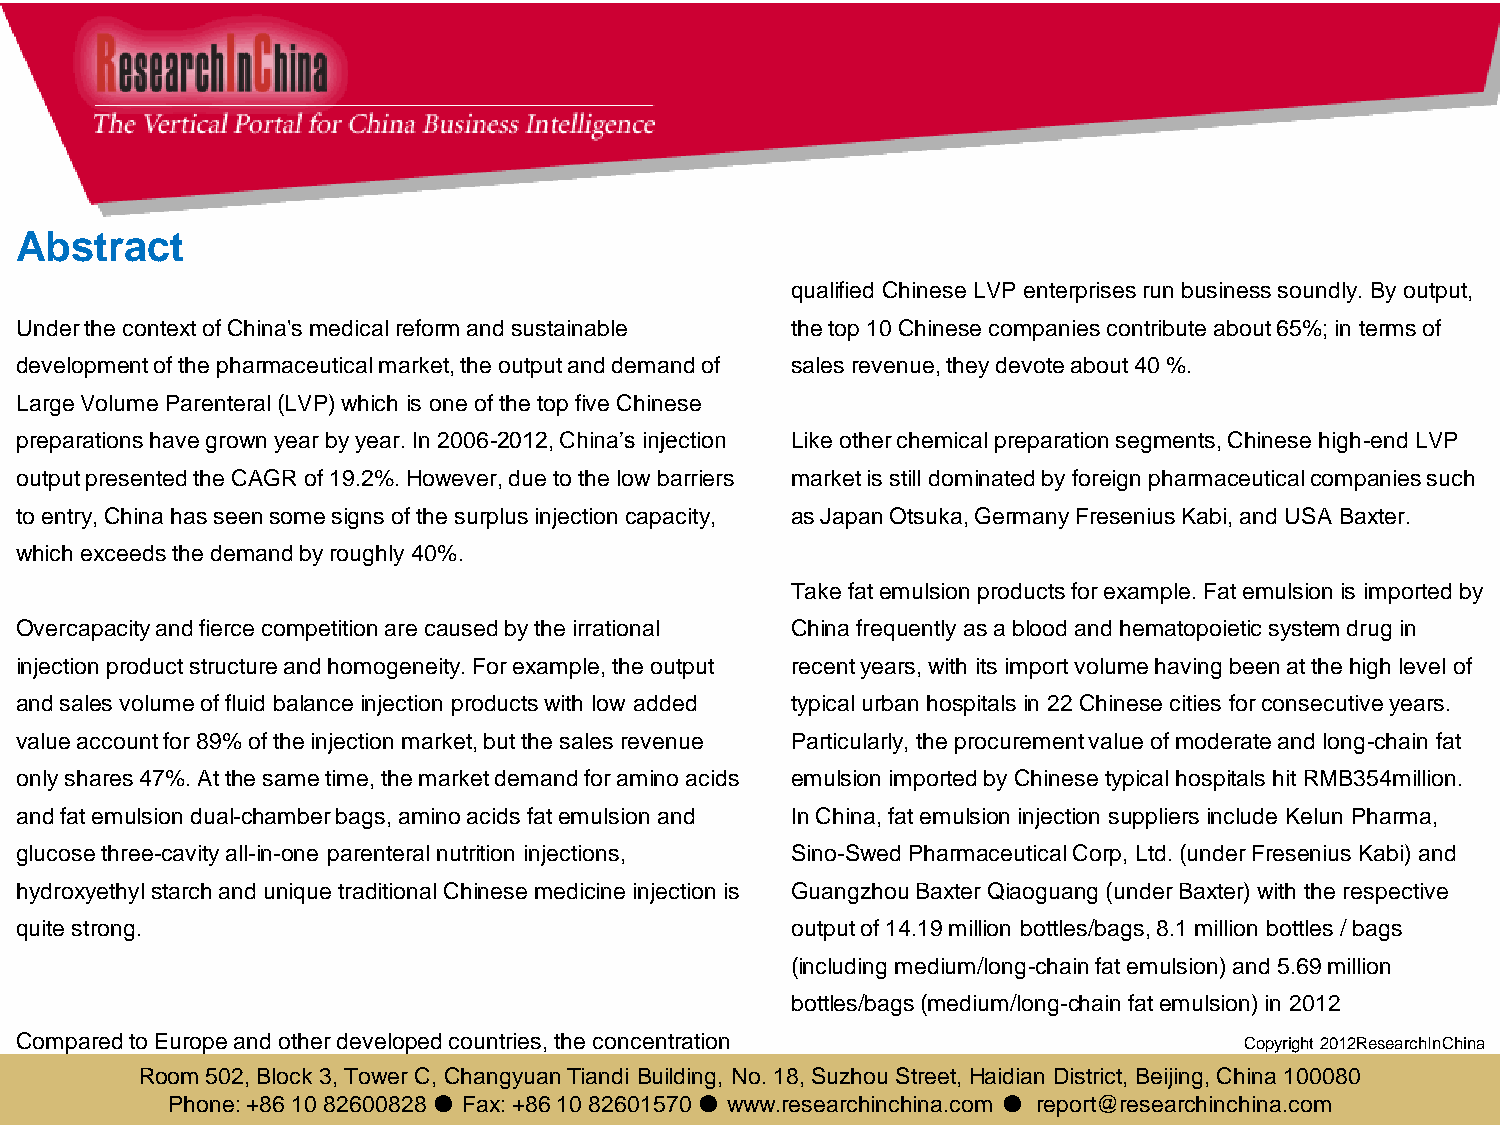
Abstract
 qualified Chinese LVP enterprises run business soundly. By output,
 Under the context of China's medical reform and sustainable the top 10 Chinese companies contribute about 65%; in terms of
 development of the pharmaceutical market, the output and demand of sales revenue, they devote about 40 %.
 Large Volume Parenteral (LVP) which is one of the top five Chinese
 preparations have grown year by year. In 2006-2012, China’s injection Like other chemical preparation segments, Chinese high-end LVP
 output presented the CAGR of 19.2%. However, due to the low barriers market is still dominated by foreign pharmaceutical companies such
 to entry, China has seen some signs of the surplus injection capacity, as Japan Otsuka, Germany Fresenius Kabi, and USA Baxter.
 which exceeds the demand by roughly 40%.
 Take fat emulsion products for example. Fat emulsion is imported by
 Overcapacity and fierce competition are caused by the irrational China frequently as a blood and hematopoietic system drug in
 injection product structure and homogeneity. For example, the output recent years, with its import volume having been at the high level of
 and sales volume of fluid balance injection products with low added typical urban hospitals in 22 Chinese cities for consecutive years.
 value account for 89% of the injection market, but the sales revenue Particularly, the procurement value of moderate and long-chain fat
 only shares 47%. At the same time, the market demand for amino acids emulsion imported by Chinese typical hospitals hit RMB354million.
 and fat emulsion dual-chamber bags, amino acids fat emulsion and In China, fat emulsion injection suppliers include Kelun Pharma,
 glucose three-cavity all-in-one parenteral nutrition injections, Sino-Swed Pharmaceutical Corp, Ltd. (under Fresenius Kabi) and
 hydroxyethyl starch and unique traditional Chinese medicine injection is Guangzhou Baxter Qiaoguang (under Baxter) with the respective
 quite strong.                                      output of 14.19 million bottles/bags, 8.1 million bottles / bags
 (including medium/long-chain fat emulsion) and 5.69 million
 bottles/bags (medium/long-chain fat emulsion) in 2012
 Compared to Europe and other developed countries, the concentration              Copyright 2012ResearchInChina
 degree of ChRinoeosme 5L0V2P, Bmloacrkke 3t ,i sT sotwille lro Cwe, rC. hAat npgryeusaenn tT, i2a0n0d io Bneusild oinf g4,0 N0 o. 18 , Suzhou Street, Haidian District, Beijing, China 100080
 Phone: +86 10 82600828 ● Fax: +86 10 82601570 ● www.researchinchina.com ● report@researchinchina.com